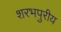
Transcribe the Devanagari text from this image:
शरभपुरीय